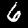
Digit: 6